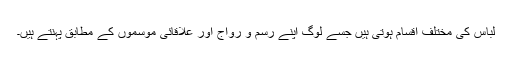
لباس کی مختلف اقسام ہوتی ہیں جسے لوگ اپنے رسم و رواج اور علاقائی موسموں کے مطابق پہنتے ہیں۔